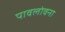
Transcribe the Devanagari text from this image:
पावलोवना